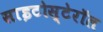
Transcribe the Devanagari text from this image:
साइटोस्टेरॉल